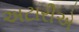
અટારીએ